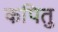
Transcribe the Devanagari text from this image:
कपितु